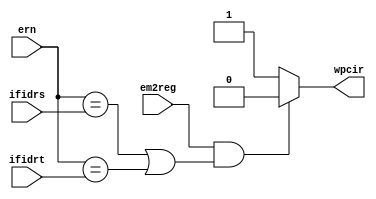
module hazard_deal (em2reg, ern, ifidrs, ifidrt, 
					wpcir);
	input em2reg;
	input [4:0] ern, ifidrs, ifidrt;

	output reg wpcir;

	always @(*)
	begin
		wpcir = 1;
		if (em2reg & 
			((ern == ifidrs) | (ern == ifidrt))
			)
		begin
			wpcir = 0;
		end
		else begin
			wpcir = 1;
		end
	end
endmodule